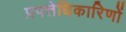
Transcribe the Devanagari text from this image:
प्रपत्तेधिकारिणों